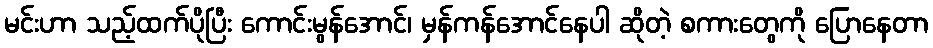
မင်းဟာ သည့်ထက်ပိုပြီး ကောင်းမွန်အောင်၊ မှန်ကန်အောင်နေပါ ဆိုတဲ့ စကားတွေကို ပြောနေတာ